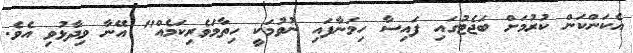
އެކަންކަން ކުރުމަށް ބަޖެޓުގައި ފައިސާ ހިމަނާފައި ނުވުމަކީ ހިތާމަވެރިކަމެއް" އޭނާ ވިދާޅުވި އެވެ.